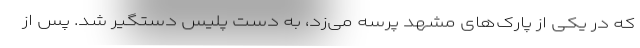
که در یکی از پارک‌های مشهد پرسه می‌زد، به دست پلیس دستگیر شد. پس از